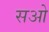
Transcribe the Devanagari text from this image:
सओ